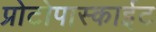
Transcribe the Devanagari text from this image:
प्रोटोपास्काईट